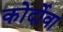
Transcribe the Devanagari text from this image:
कोर्दोवा